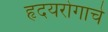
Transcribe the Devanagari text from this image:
हृदयरोगाचे